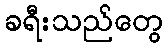
ခရီးသည်တွေ